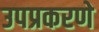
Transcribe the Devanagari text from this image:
उपप्रकरणे